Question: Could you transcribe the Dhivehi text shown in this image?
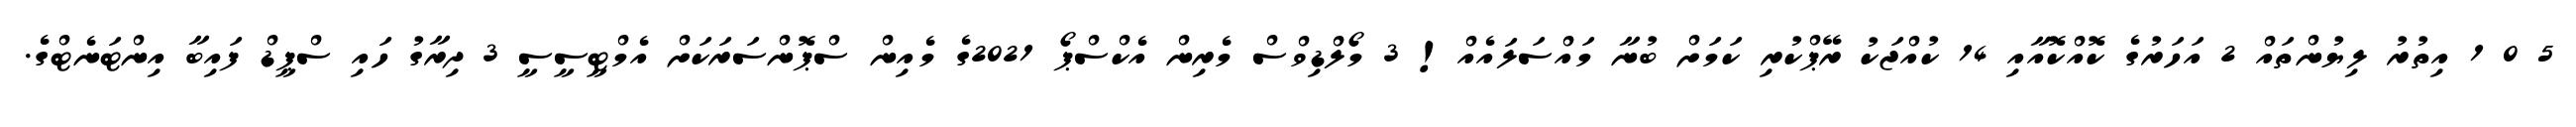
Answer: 5 0 1 އިތުރު ލިޔުންތައް 2 އަހަރުގެ ކޮއްކޮއާއި 14 ކުއްޖަކު ރޭޕްކުރި ކަމަށް ބުނާ މައްސަލައެއް! 3 މޯލްޑިވްސް މެރިން އެކްސްޕޯ 2021ގެ މެއިން ސްޕޮންސަރަކަށް އެމްޓީސީސީ 3 ދިރާގު ހައި ސްޕީޑް ފައިބާ އިންޓަނެޓްގެ.